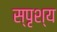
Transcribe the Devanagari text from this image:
स्पृश्‍य